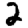
Digit: 2